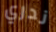
ندري